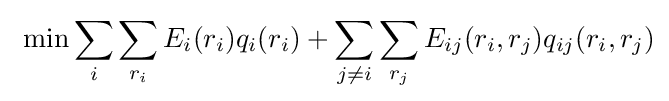
\ \min \sum _{i}\sum _{r_{i}}E_{i}(r_{i})q_{i}(r_{i})+\sum _{j\neq i}\sum _{r_{j}}E_{ij}(r_{i},r_{j})q_{ij}(r_{i},r_{j})